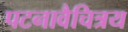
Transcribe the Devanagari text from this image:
पटनावैचित्रय